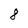
Character: 8